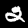
Digit: 2